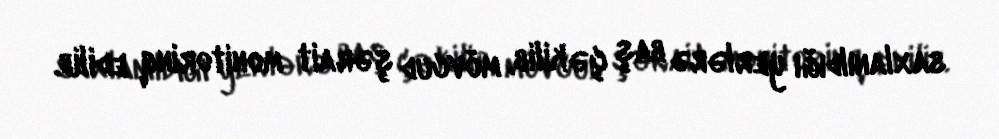
saxlanıldığı yerlərə baş çəkilib, mövcud şərait monitorinq edilib.